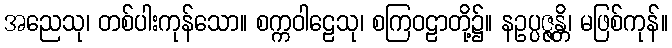
အညေသု၊ တစ်ပါးကုန်သော။ စက္ကဝါဠေသု၊ စကြဝဠာတို့၌။ နဥပ္ပဇ္ဇန္တိ၊ မဖြစ်ကုန်။